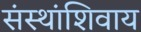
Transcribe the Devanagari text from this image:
संस्थांशिवाय